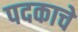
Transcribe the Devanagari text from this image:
पदकाचे